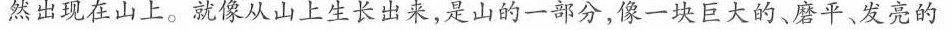
然出现在山上。就像从山上生长出来,是山的一部分,像一块巨大的、磨平、发亮的